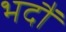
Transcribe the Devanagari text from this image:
भदौं